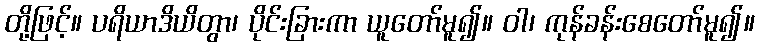
တို့ဖြင့်။ ပရိယာဒိယိတွာ၊ ပိုင်းခြားကာ ယူတော်မူ၍။ ဝါ၊ ကုန်ခန်းစေတော်မူ၍။